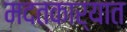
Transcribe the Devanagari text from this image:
मदतकार्यात